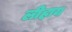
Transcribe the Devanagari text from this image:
लीहाय